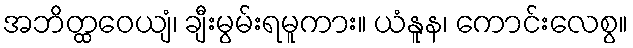
အဘိတ္ထဝေယျံ၊ ချီးမွမ်းရမူကား။ ယံနူန၊ ကောင်းလေစွ။